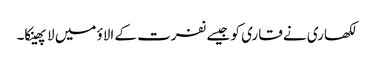
لکھاری نے قاری کو جیسے نفرت کے الاؤ میں لا پھینکا۔